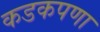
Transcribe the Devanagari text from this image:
कडकपणा